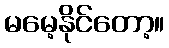
မမေ့နိုင်တော့။